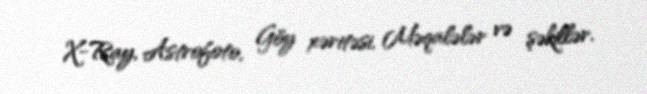
X-Ray, Astrofoto, Göy xəritəsi, Məqalələr və şəkillər.